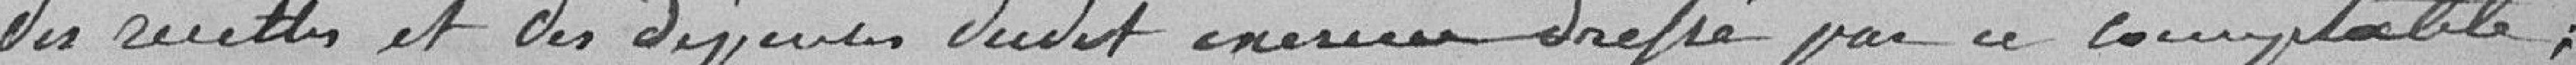
des recettes et des dépenses dudit exercice dressé par ce comptable